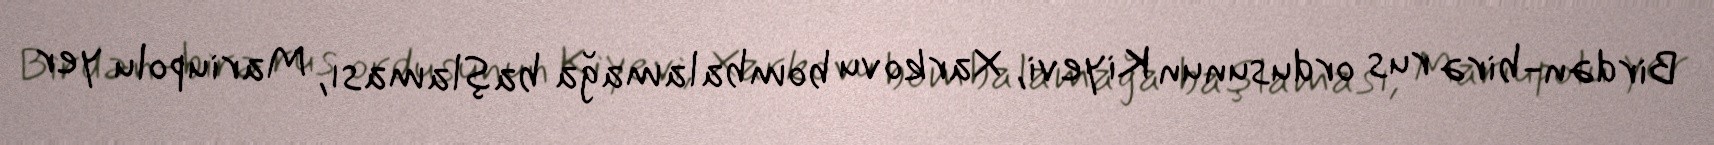
Birdən-birə rus ordusunun Kiyevi, Xarkovu bombalamağa başlaması, Mariupolu yer